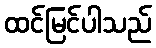
ထင်မြင်ပါသည်